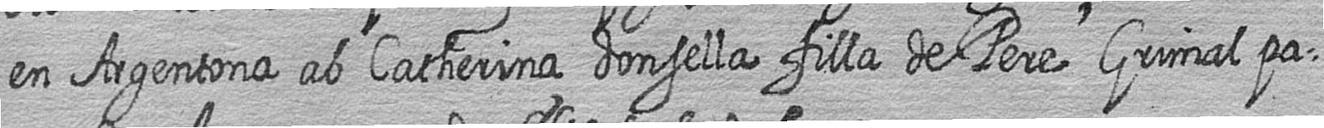
en Argentona ab Catherina donsella filla de Pere Grimal pa=